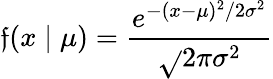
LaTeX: \mathfrak{f}(x\mid\mu)={\frac{{e^{-(x-\mu)^{2}/2\sigma^{2}}}}{{\sqrt{}{{2\pi\sigma^{2}}}}}}